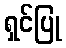
ရှင်ပြု